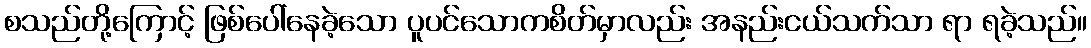
စသည်တို့ကြောင့် ဖြစ်ပေါ်နေခဲ့သော ပူပင်သောကစိတ်မှာလည်း အနည်းငယ်သက်သာ ရာ ရခဲ့သည်။